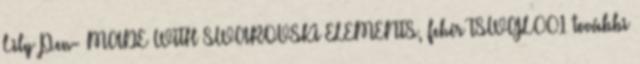
Lily Pen- MADE WITH SWAROVSKI ELEMENTS, fehér TSWGL001 további